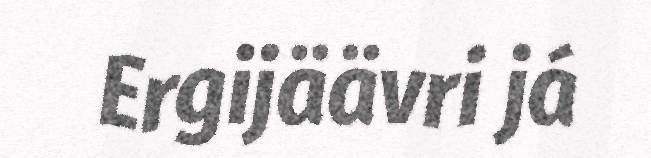
Ergijäävri já